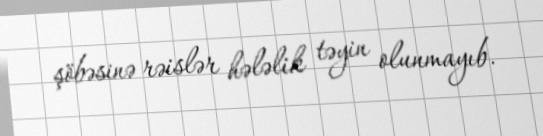
şöbəsinə rəislər hələlik təyin olunmayıb.